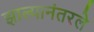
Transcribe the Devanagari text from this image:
झाल्यानंतरले